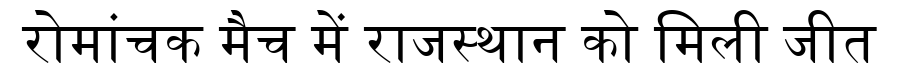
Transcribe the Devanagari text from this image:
रोमांचक मैच में राजस्थान को मिली जीत